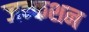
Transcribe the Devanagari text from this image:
जन्कशन